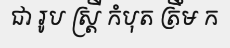
ជា រូប ស្ត្រី កំបុត ត្រឹម ក